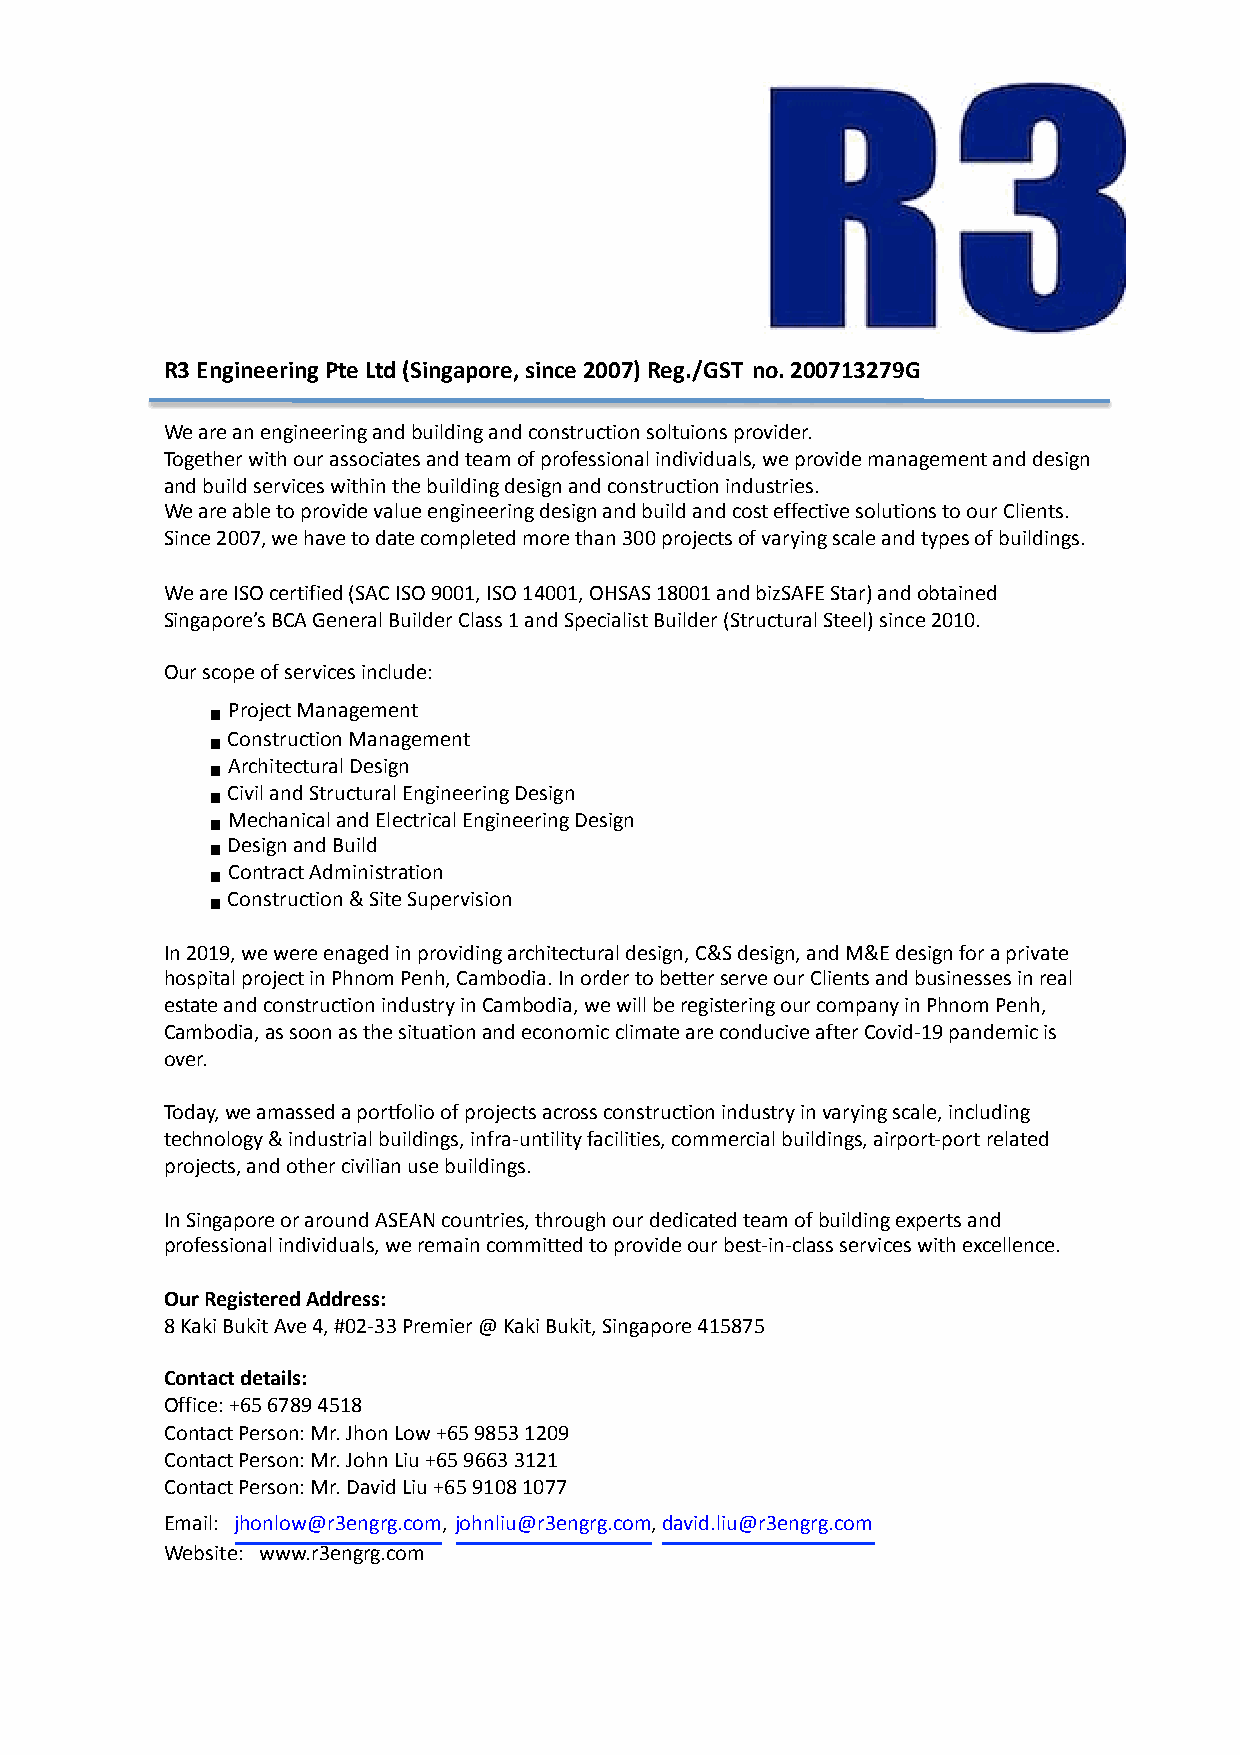
R3 Engineering Pte Ltd (Singapore, since 2007) Reg./GST no. 200713279G
 We are an engineering and building and construction soltuions provider.
 Together with our associates and team of professional individuals, we provide management and design
 and build services within the building design and construction industries.
 We are able to provide value engineering design and build and cost effective solutions to our Clients.
 Since 2007, we have to date completed more than 300 projects of varying scale and types of buildings.
 We are ISO certified (SAC ISO 9001, ISO 14001, OHSAS 18001 and bizSAFE Star) and obtained
 Singapore’s BCA General Builder Class 1 and Specialist Builder (Structural Steel) since 2010.
 Our scope of services include:
 ! Project Management
 ! Construction Management
 ! Architectural Design
 ! Civil and Structural Engineering Design
 ! Mechanical and Electrical Engineering Design
 ! Design and Build
 ! Contract Administration
 ! Construction & Site Supervision
 In 2019, we were enaged in providing architectural design, C&S design, and M&E design for a private
 hospital project in Phnom Penh, Cambodia. In order to better serve our Clients and businesses in real
 estate and construction industry in Cambodia, we will be registering our company in Phnom Penh,
 Cambodia, as soon as the situation and economic climate are conducive after Covid-19 pandemic is
 over.
 Today, we amassed a portfolio of projects across construction industry in varying scale, including
 technology & industrial buildings, infra-untility facilities, commercial buildings, airport-port related
 projects, and other civilian use buildings.
 In Singapore or around ASEAN countries, through our dedicated team of building experts and
 professional individuals, we remain committed to provide our best-in-class services with excellence.
 Our Registered Address:
 8 Kaki Bukit Ave 4, #02-33 Premier @ Kaki Bukit, Singapore 415875
 Contact details:
 Office: +65 6789 4518
 Contact Person: Mr. Jhon Low +65 9853 1209
 Contact Person: Mr. John Liu +65 9663 3121
 Contact Person: Mr. David Liu +65 9108 1077
 Email: jhonlow@r3engrg.com, johnliu@r3engrg.com, david.liu@r3engrg.com
 Website: www.r3engrg.com